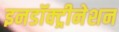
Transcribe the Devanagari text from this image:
इनडॉक्ट्रीनेशन